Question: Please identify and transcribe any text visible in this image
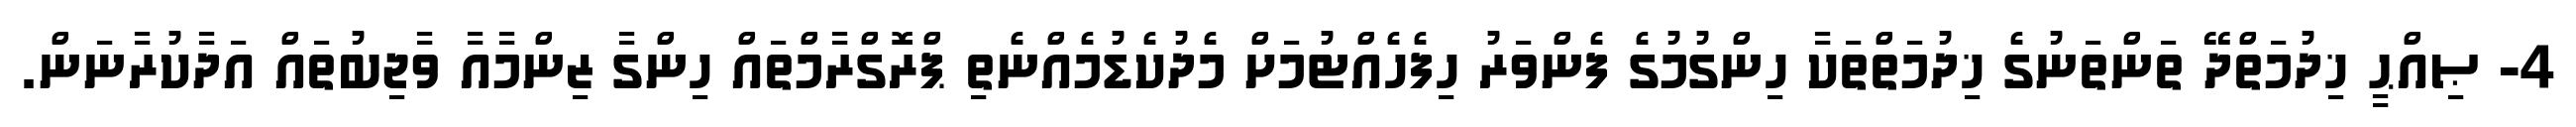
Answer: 4- ޞިއްޙީ ޚިދުމަތްދޭ ތަންތަނުގެ ޚިދުމަތްތަކާ ހިންގުމުގެ ފެންވަރު ހިފެހެއްޓުމަށް މެދުކެޑުމެއްނެތި ޕްރޮގްރާމްތައް ހިންގާ ޒިންމާއާ ވާޖިބުތައް އަދާކުރާނަން.